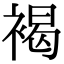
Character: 褐